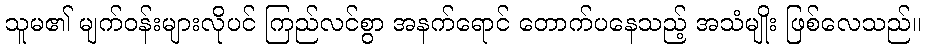
သူမ၏ မျက်ဝန်းများလိုပင် ကြည်လင်စွာ အနက်ရောင် တောက်ပနေသည့် အသံမျိုး ဖြစ်လေသည်။